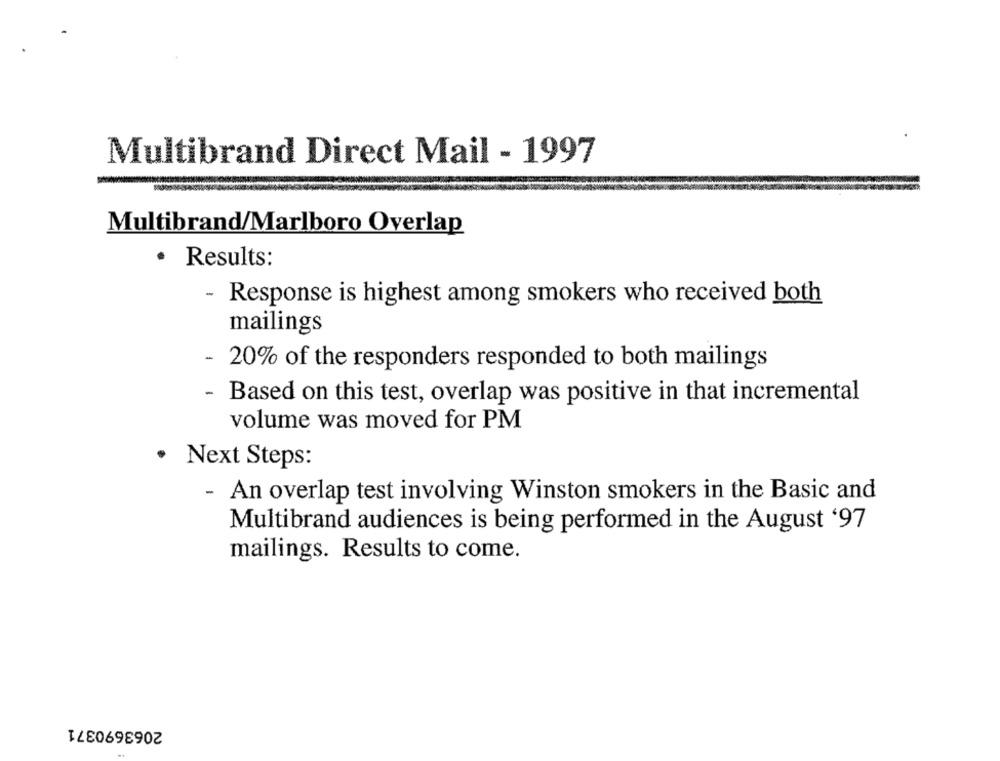
Multibrand Direct Mail - 1997
Multibrand/Marlboro Overlap
.
Results:
- Response is highest among smokers who received both
mailings
20% of the responders responded to both mailings
- Based on this test, overlap was positive in that incremental
volume was moved for PM
· Next Steps:
- An overlap test involving Winston smokers in the Basic and
Multibrand audiences is being performed in the August '97
mailings. Results to come.
2063690371